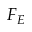
F _ { E }